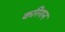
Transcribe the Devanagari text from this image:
करिगन